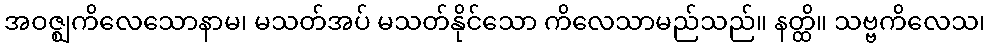
အဝဇ္ဈကိလေသောနာမ၊ မသတ်အပ် မသတ်နိုင်သော ကိလေသာမည်သည်။ နတ္ထိ။ သဗ္ဗကိလေသ၊